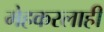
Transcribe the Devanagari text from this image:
मेहकरलाही